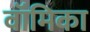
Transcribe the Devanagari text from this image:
वॉमिका